Lunatic asylums Bombay report 1878-1890 - 1878-1890
Year: 1878
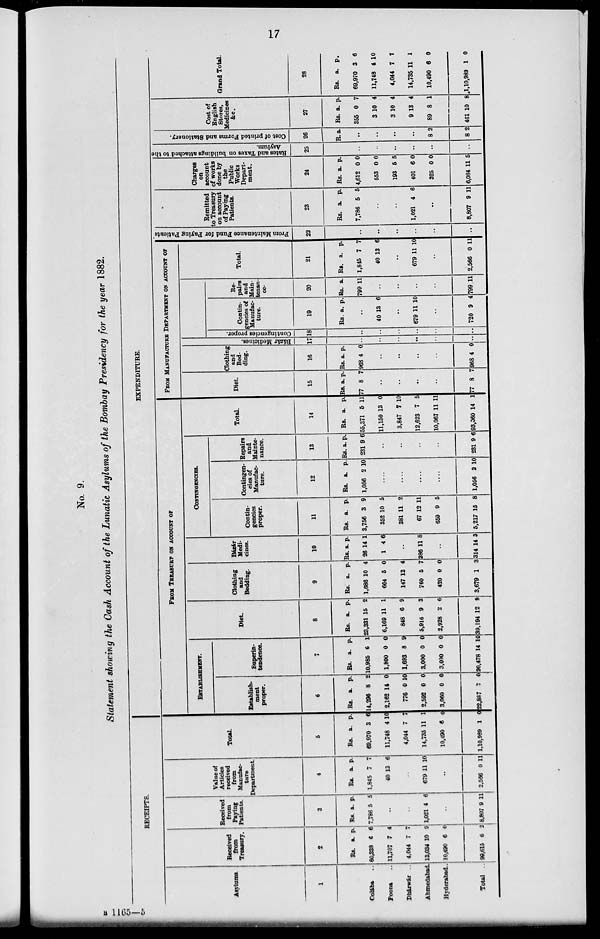
17
No. 9.
Statement showing the Cash Account of the Lunatic Asylums of the Bombay Presidency for the year 1882.
RECEIPTS.
Asylums.
1
Colába ..
Poona ..
Dhárwár ..
Ahmedabad.
Hyderabad ..
Total ..
Received
from
Treasury.
2
Rs.
60,338
11,707
4,044
13,034
10,490
90,615
a.
6
7
7
10
6
6
p.
6
4
7
9
0
2
Received
from
Paying
Patients.
3
Rs.
7,786
a.
5
p.
5
..
..
1,021 4 6
..
8,807 9 11
Value of
Articles
received
from
Manufac-
ture
Department.
4
Rs.
1,845
40
a.
7
13
p.
7
6
..
679 11 10
..
2,566 0 11
Total.
5
Rs.
69,970
11,748
4,044
14,735
10,490
1,10,969
a.
3
4
7
11
6
1
p.
6
10
7
1
0
0
EXPENDITURE.
FROM TREASURY ON ACCOUNT OF
ESTABLISHMENT.
Establish.
ment
proper.
6
Rs.
14,296
2,162
776
2,592
3,060
22,887
a.
8
14
0
0
0
7
p.
2
0
10
0
0
0
Superin-
tendence.
7
Rs.
10,985
1,800
1,693
3,000
3,000
20,478
a.
6
0
8
0
0
14
p.
1
0
9
0
0
10
Diet.
8
Rs.
23,331
6,169
848
5,916
2,928
39,194
a.
15
11
6
9
2
12
p.
2
1
9
3
6
9
Clothing
and
Bedding.
9
Rs.
1,686
664
147
760
420
3,679
a.
10
5
12
5
0
1
p.
4
0
4
7
0
3
Bázár
Medi-
cines.
10
Rs.
26
1
a.
14
4
p.
1
6
..
286 11 8
..
314 14 3
CONTINGENCIES.
Contin-
gencies
proper.
11
Rs.
3,756
352
381
67
659
5,217
a.
3
10
11
12
9
15
p.
9
5
2
11
5
8
Contingen-
cies of
Manufac-
ture.
12
Rs.
1,056
a.
2
p.
10
....
....
....
....
1,056 2 10
Repairs
and
Mainte-
nance.
13
Rs.
231
a.
9
p.
6
..
..
..
..
231 9 6
Total.
14
Rs.
55,371
11,150
3,847
12,623
10,067
93,060
a.
5
13
7
7
11
14
p.
11
0
10
5
11
1
FROM MANUFACTURE DEPARTMENT ON ACCOUNT OF
Diet.
15
Rs.
77
a.
8
p.
7
..
..
..
..
77
8 7
Clothing
and
Bed-
ding.
16
Rs.
968
a.
4
p.
0
..
..
..
..
968 4 0
Bázár Medicines.
17
..
..
..
..
..
..
Contingencies proper.
18
..
..
..
..
..
..
Contin-
gencies of
Manufac-
ture.
19
Rs. a. p.
..
40 13 6
..
679 11 10
..
720 9 4
Re-
pairs
and
Main-
tenan-
ce-
20
Rs.
799
a.
11
..
..
..
..
799 11
Total.
21
Rs.
1,845
4.
a.
7
13
p.
7
6
..
679 11 10
..
2,566 0 11
From Maintenance Fund for Paying Patients
22
..
..
..
..
..
..
Remitted
to Treasury
on account
of Paying
Patients.
23
Rs.
7,786
a.
5
p.
5
..
..
1,021 4 6
..
8,807 9 11
Charges
on
account
of works
done by
the
Public
Works
Depart-
ment.
24
Rs.
4,612
553
193
401
325
6,084
a.
0
0
5
6
0
11
p.
0
0
5
0
0
5
Rates and Taxes on buildings attached to the
Asylum.
25
..
..
..
..
..
..
Cost of p r i n t e d For ms and St at i
oner y.
26
R. a.
..
..
..
..
8
8
2
2
Cost of
English
Stores,
Medicines
&c.
27
Rs.
355
3
3
9
89
461
a.
0
10
10
13
8
10
p.
7
4
4
4
1
8
Grand Total.
28
Rs.
69,970
11,748
4,044
14,735
10,490
1,10,989
a.
3
4
7
11
6
1
p.
6
10
7
1
0
0
B 1165—5